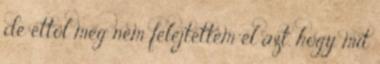
de ettől még nem felejtettem el azt, hogy mit